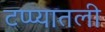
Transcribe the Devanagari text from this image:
टप्प्यातली